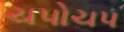
ચપોચપ